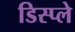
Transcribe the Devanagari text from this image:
डिस्‍प्ले